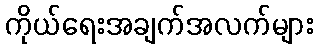
ကိုယ်ရေးအချက်အလက်များ